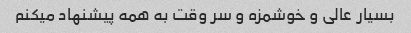
بسیار عالی و خوشمزه و سر وقت به همه پیشنهاد میکنم